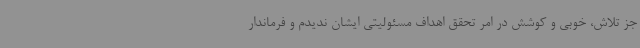
جز تلاش، خوبی و کوشش در امر تحقق اهداف مسئولیتی ایشان ندیدم و فرماندار